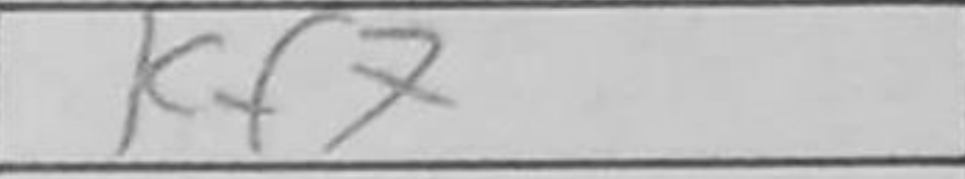
Transcription: Kf7